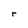
Character: r